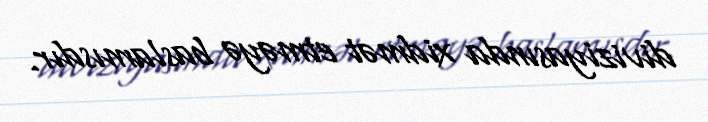
diviziyasında xidmət etməyə baslamısdır.